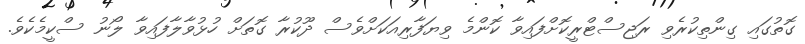
ގޮތުގައި ގިންތިކުރެވި ރަޖިސްޓްރީކޮށްފައިވާ ކޮންމެ ވިޔަފާރިއަކަށްވެސް ދޫކުރާ ގޮތަށް ހުޅުވާލާފައިވާ ލޯނު ސްކީމެކެވެ.